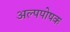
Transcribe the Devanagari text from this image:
अल्पपोषक